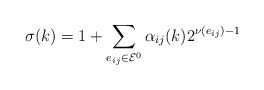
\begin{align*} \sigma(k) = 1 + \sum\limits_{e_{ij} \in \mathcal{E}^0} \alpha_{ij}(k) 2^{\nu\left(e_{ij}\right) - 1}\end{align*}